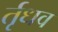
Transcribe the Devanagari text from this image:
र्तृधव